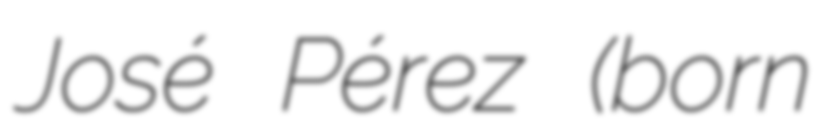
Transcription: José Pérez (born